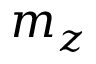
m _ { z }